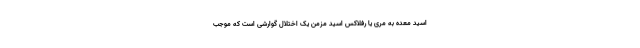
اسید معده به مری یا رفلاکس اسید مزمن یک اختلال گوارشی است که موجب